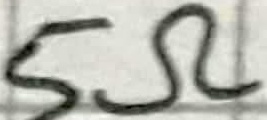
Text: 5Ω